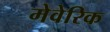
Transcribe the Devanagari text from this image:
मेवेरिक